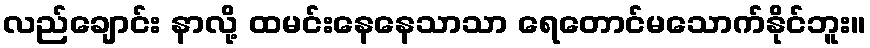
လည်ချောင်း နာလို့ ထမင်းနေနေသာသာ ရေတောင်မသောက်နိုင်ဘူး။